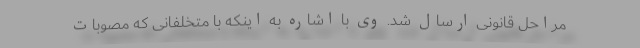
مراحل قانونی ارسال شد. وی با اشاره به اینکه با متخلفانی که مصوبات